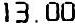
13.00